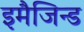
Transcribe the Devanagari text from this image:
इमैजिन्ड